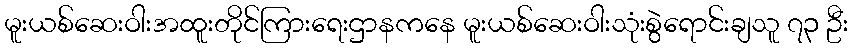
မူးယစ်ဆေးဝါးအထူးတိုင်ကြားရေးဌာနကနေ မူးယစ်ဆေးဝါးသုံးစွဲရောင်းချသူ ၇၃ ဦး